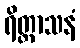
ရိတ္တာသနံ